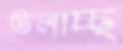
তলাচ্ছ